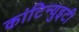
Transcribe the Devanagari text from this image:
कांटिन्युइटी